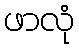
ဖာလုံ